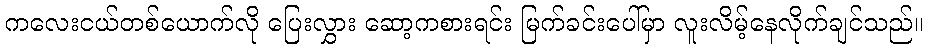
ကလေးငယ်တစ်ယောက်လို ပြေးလွှား ဆော့ကစားရင်း မြက်ခင်းပေါ်မှာ လူးလိမ့်နေလိုက်ချင်သည်။